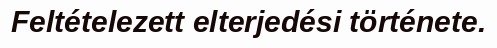
Feltételezett elterjedési története.